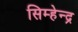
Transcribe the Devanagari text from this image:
सिम्हेन्द्र